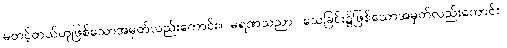
မတင့်တယ်ဟုဖြစ်သောအမှတ်လည်းကောင်း။ မရဏသညာ၊ သေခြင်း၌ဖြစ်သောအမှတ်လည်းကောင်း။